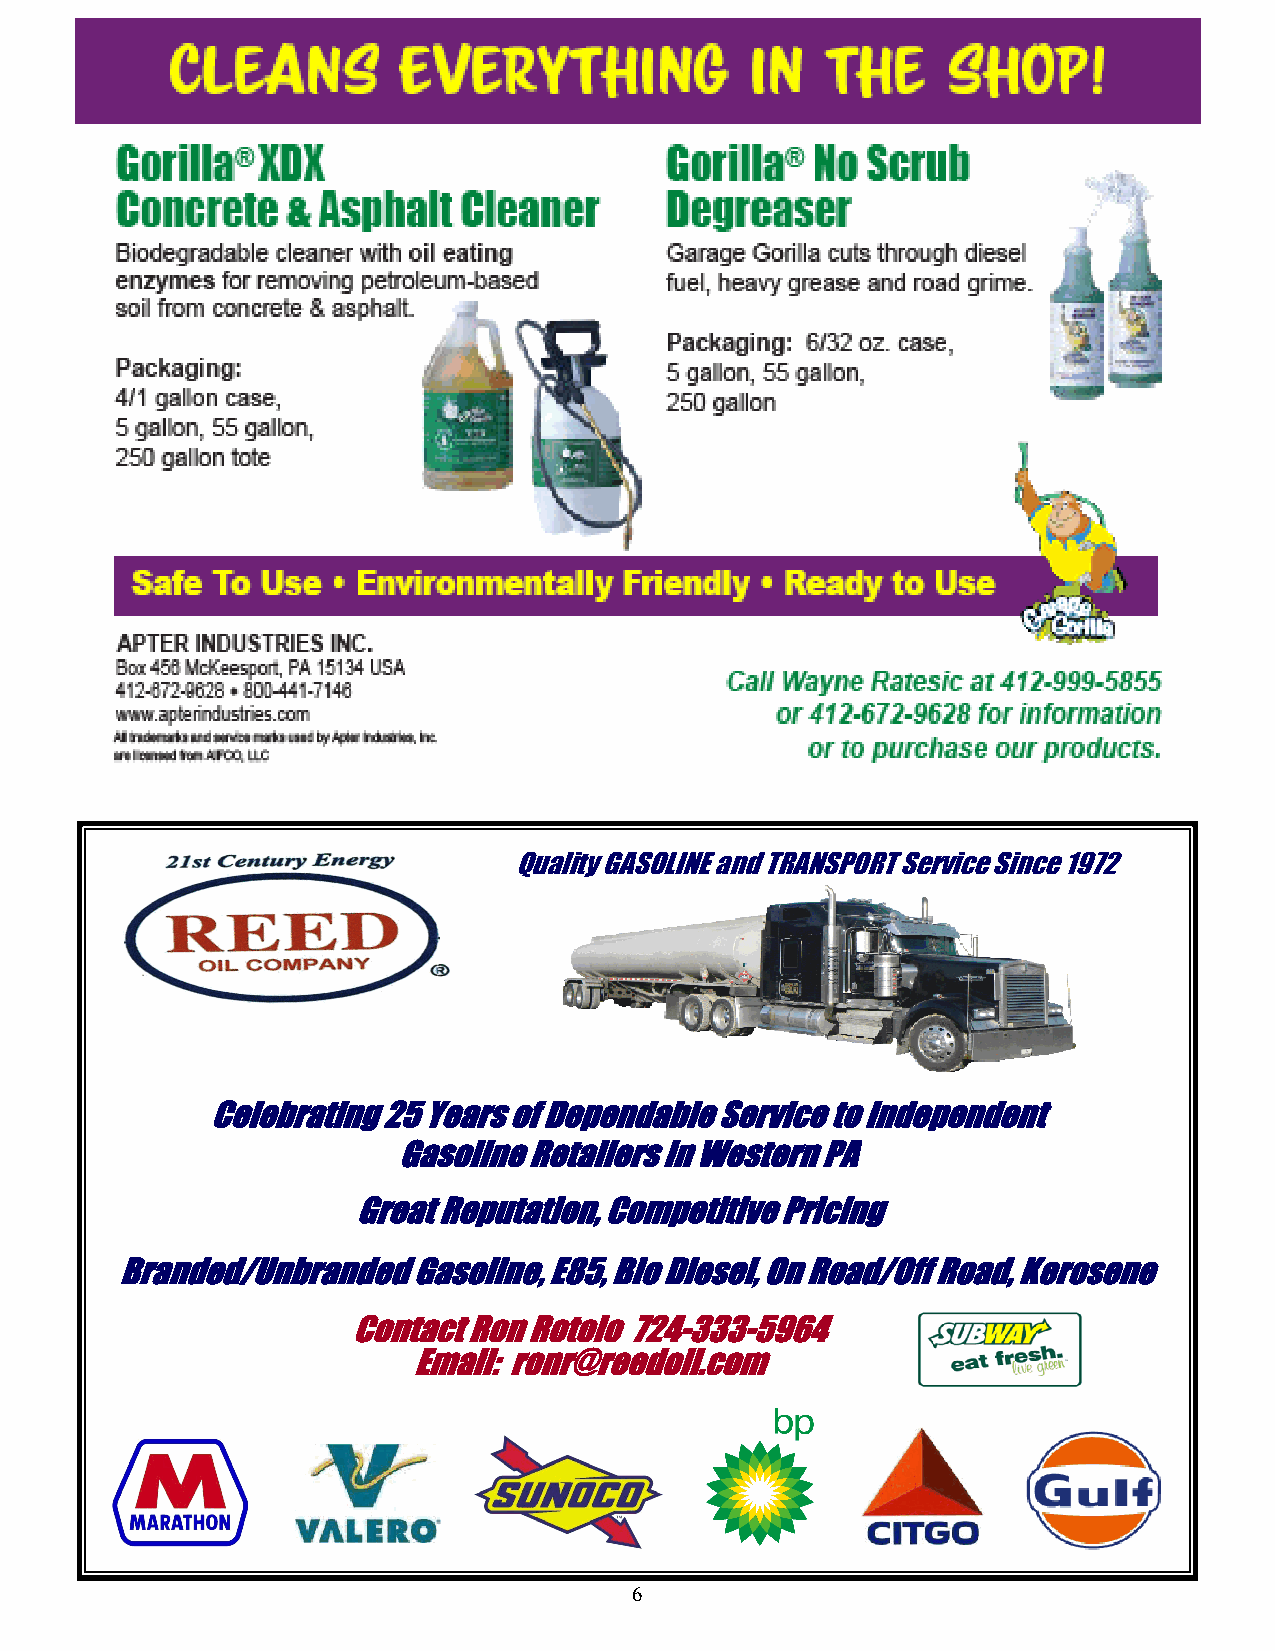
PRARA NEWS                                                       December 2021
 Quality GASOLINE and TRANSPORT Service Since 1972
 Celebrating 25 Years of Dependable Service to Independent
 Gasoline Retailers in Western PA
 Great Reputation, Competitive Pricing
 Branded/Unbranded  Gasoline, E85, Bio Diesel, On Road/Off Road, Kerosene
 Contact Ron Rotolo 724-333-5964
 Email: ronr@reedoil.com
 6